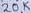
Text: 20K